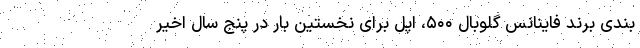
بندی برند فاینانس گلوبال ۵۰۰، اپل برای نخستین بار در پنج سال اخیر